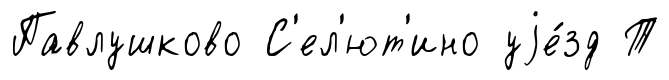
Павлушково С'ел'ют'ино уjе́зд Т